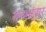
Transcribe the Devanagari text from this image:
रत्नभांडार